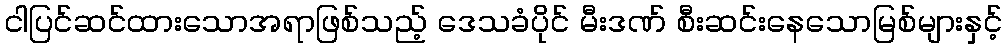
ငါပြင်ဆင်ထားသောအရာဖြစ်သည့် ဒေသခံပိုင် မီးဒဏ် စီးဆင်းနေသောမြစ်များနှင့်